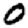
Digit: 0